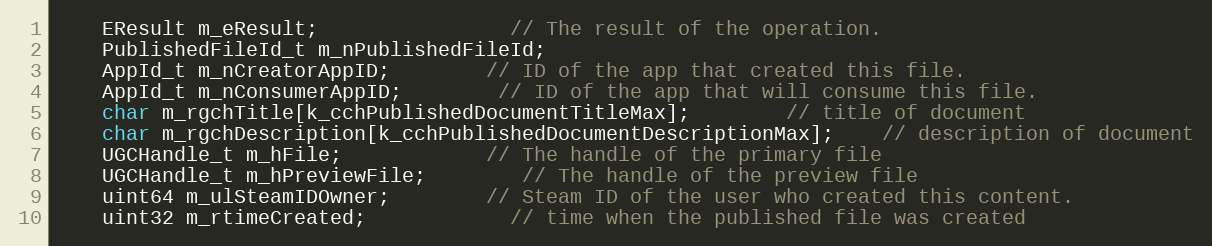
Language: C
	EResult m_eResult;				// The result of the operation.
	PublishedFileId_t m_nPublishedFileId;
	AppId_t m_nCreatorAppID;		// ID of the app that created this file.
	AppId_t m_nConsumerAppID;		// ID of the app that will consume this file.
	char m_rgchTitle[k_cchPublishedDocumentTitleMax];		// title of document
	char m_rgchDescription[k_cchPublishedDocumentDescriptionMax];	// description of document
	UGCHandle_t m_hFile;			// The handle of the primary file
	UGCHandle_t m_hPreviewFile;		// The handle of the preview file
	uint64 m_ulSteamIDOwner;		// Steam ID of the user who created this content.
	uint32 m_rtimeCreated;			// time when the published file was created